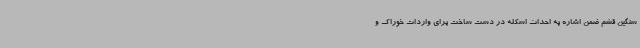
سنگین قشم ضمن اشاره به احداث اسکله در دست ساخت برای واردات خوراک و